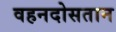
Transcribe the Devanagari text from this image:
वहनदोसतान